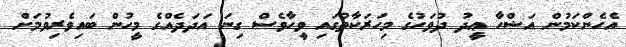
އެހެންކަމުން އަޟްހާ ޢީދުު ދުވަހުގެ މިހަރަކާތުގައި ވީހާވެސް ގިނަ އަދަދެއްގެ މީހުން ބައިވެރިވުމަށް